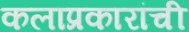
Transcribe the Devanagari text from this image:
कलाप्रकारांची